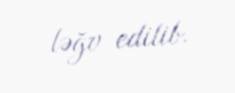
ləğv edilib.